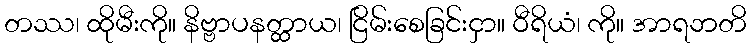
တဿ၊ ထိုမီးကို။ နိဗ္ဗာပနတ္ထာယ၊ ငြိမ်းစေခြင်းငှာ။ ဝီရိယံ၊ ကို။ အာရဘတိ